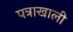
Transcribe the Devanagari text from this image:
पत्राखाली